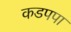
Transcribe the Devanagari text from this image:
कडपपा